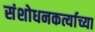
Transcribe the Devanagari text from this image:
संशोधनकर्त्याच्या